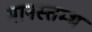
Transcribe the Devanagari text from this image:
मानस्तम्भ